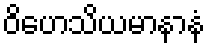
ဝိဟေသိယမာနာနံ